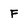
Character: F